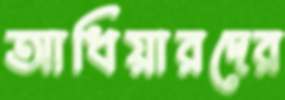
আধিয়ারদের